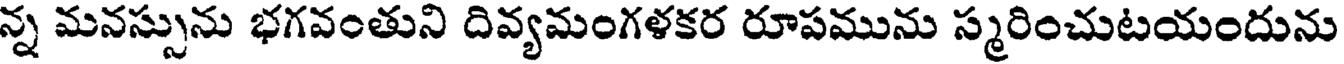
న్న మనస్సును భగవంతుని దివ్యమంగళకర రూపమును స్మరించుటయందును